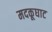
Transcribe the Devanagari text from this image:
मदकूघाट